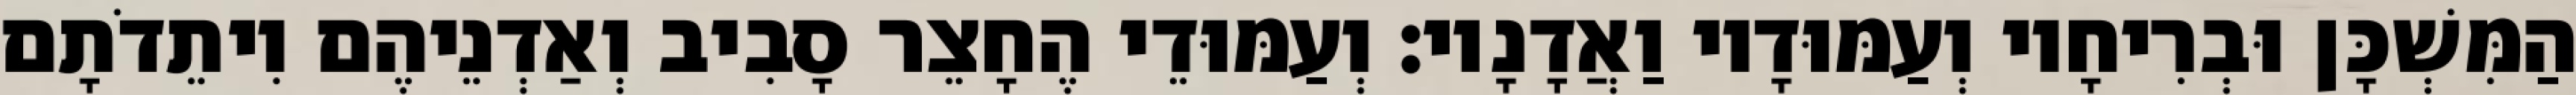
הַמִּשְׁכָּן וּבְרִיחָיו וְעַמּוּדָיו וַאֲדָנָיו׃ וְעַמּוּדֵי הֶחָצֵר סָבִיב וְאַדְנֵיהֶם וִיתֵדֹתָם